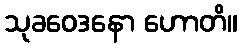
သုခဝေဒနော ဟောတိ။